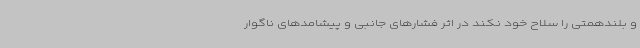
و بلندهمتی را سلاح خود نکند در اثر فشارهای جانبی و پیشامدهای ناگوار